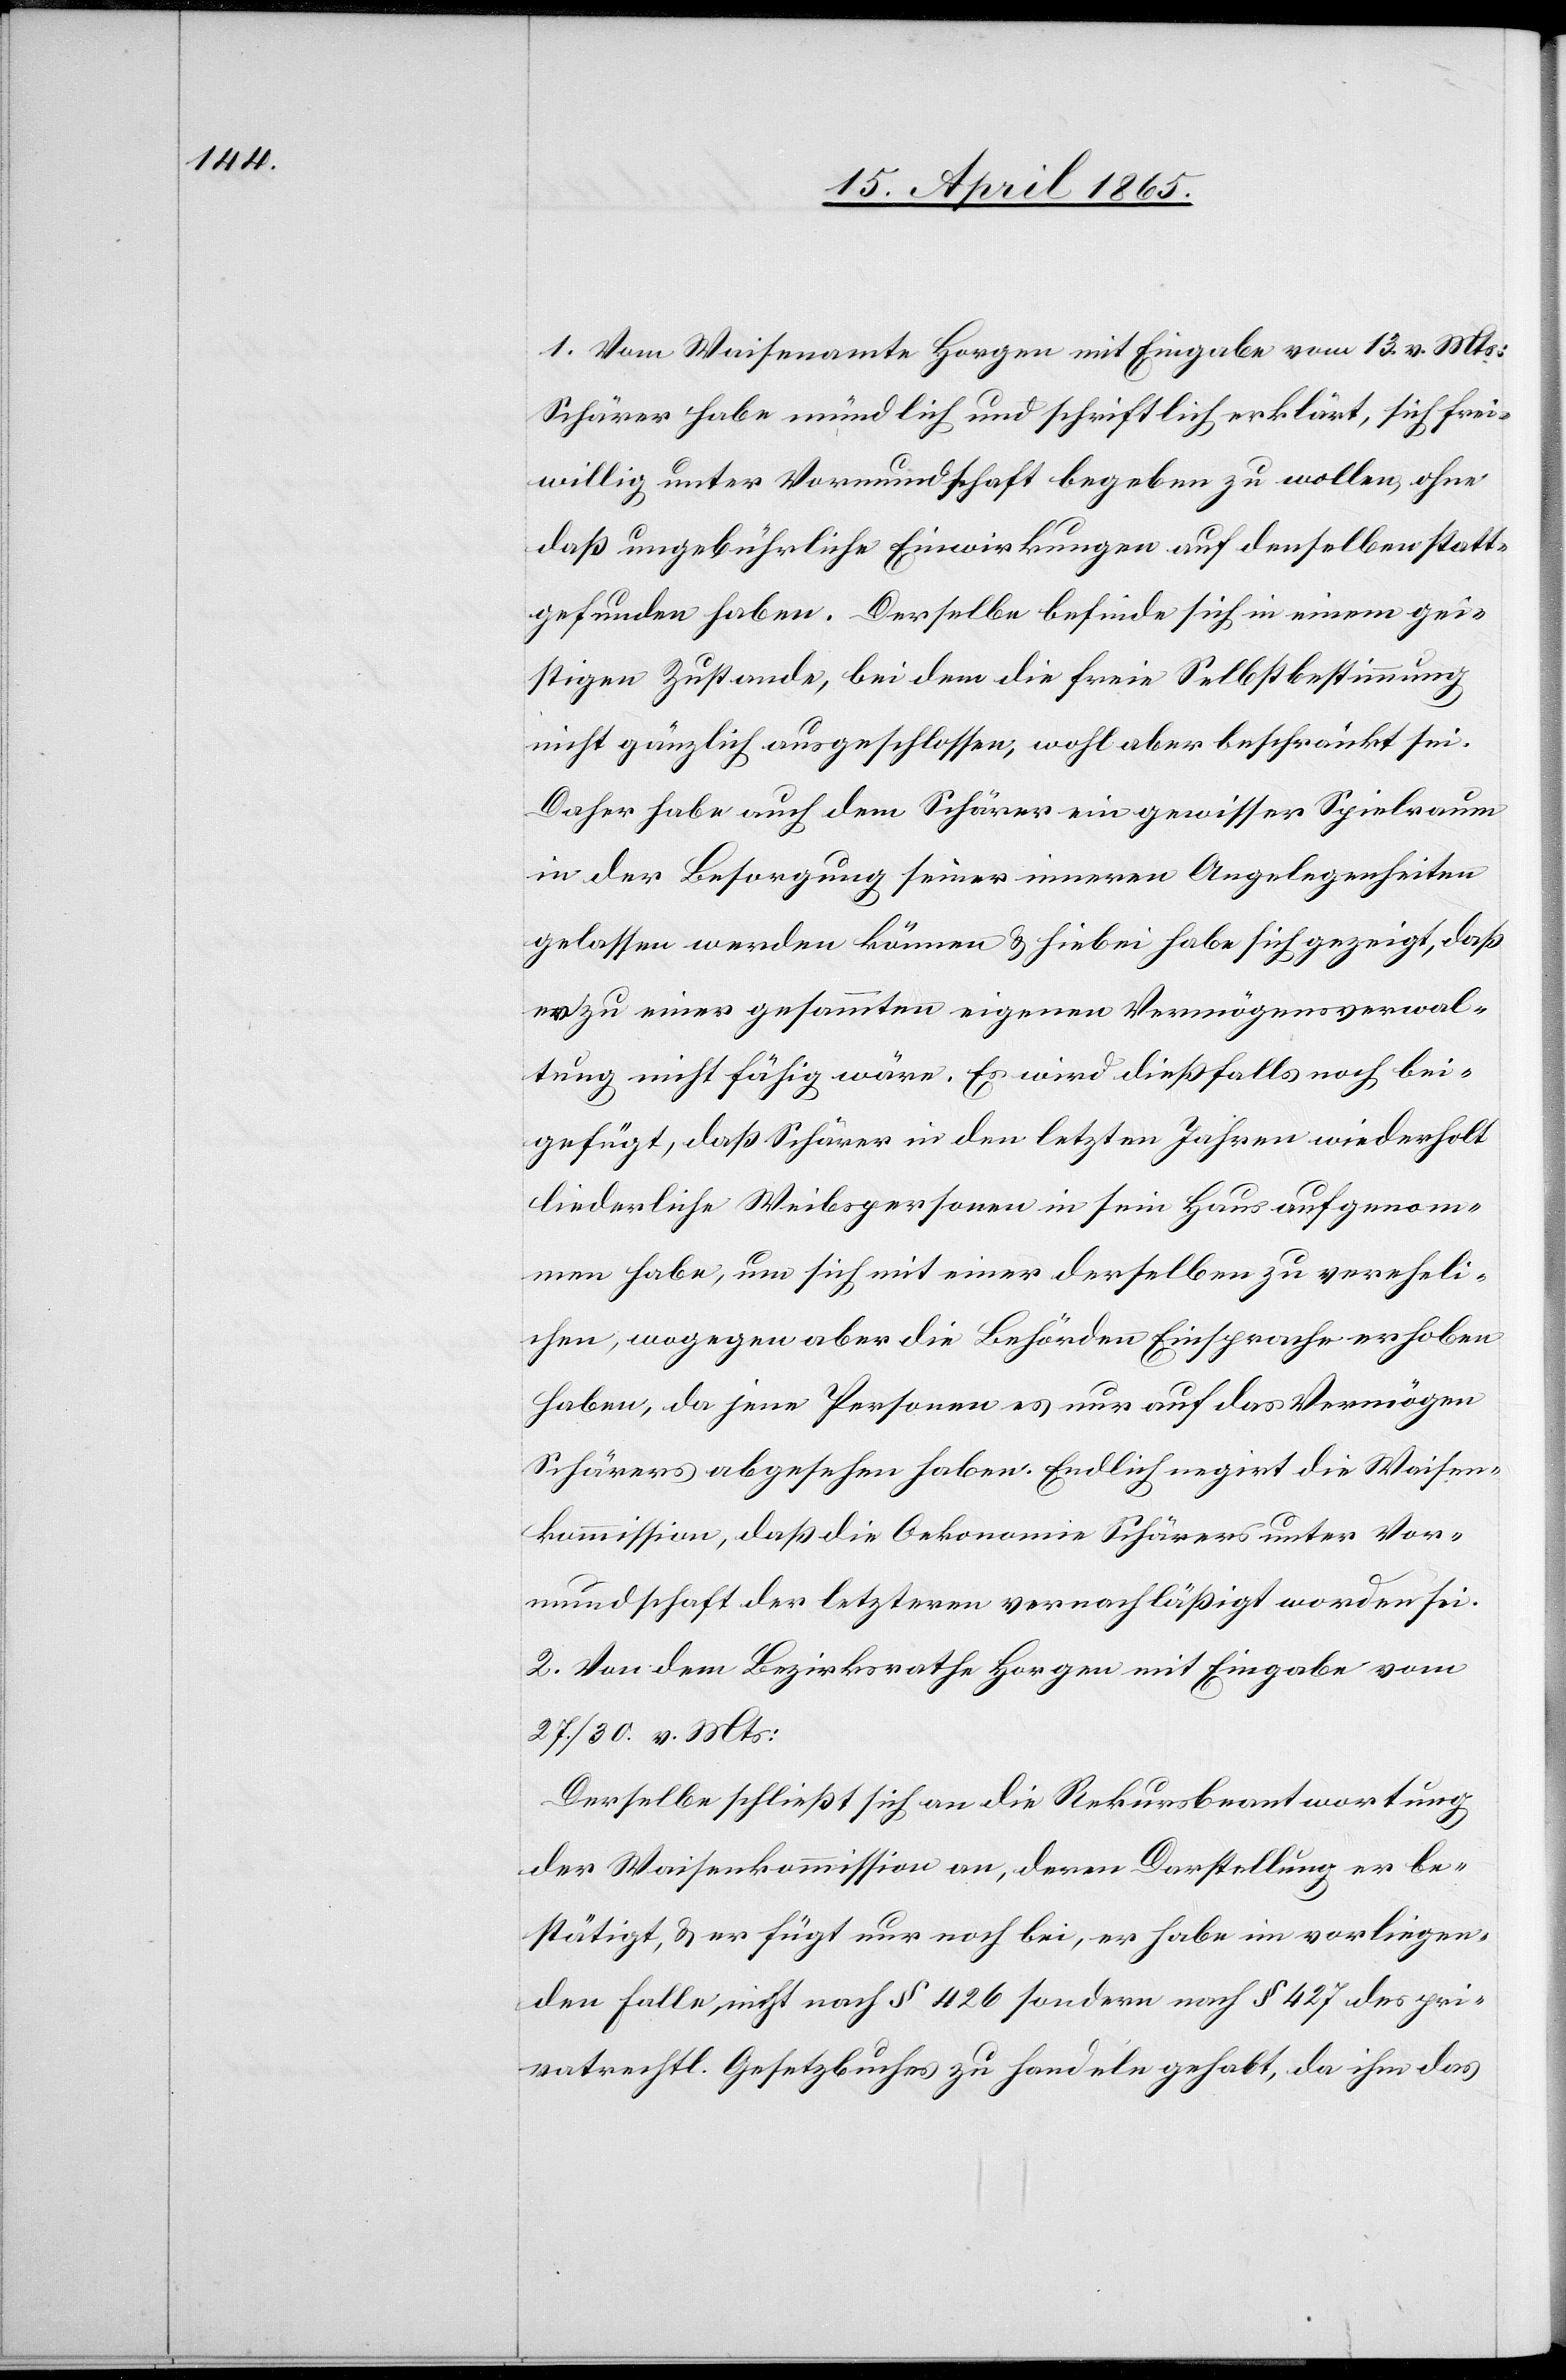
1. Vom Waisenamte Horgen mit Eingabe vom 13. v. Mts:
Schärer habe mündlich und schriftlich erklärt, sich frei¬
willig unter Vormundschaft begeben zu wollen, ohne
daß ungebührliche Einwirkungen auf denselben statt¬
gefunden haben. Derselbe befinde sich in einem gei¬
stigen Zustande, bei dem die freie Selbstbestimmung
nicht gänzlich ausgeschlossen, wohl aber beschränkt sei.
Daher habe auch dem Schärer ein gewisser Spielraum
in der Besorgung seiner inneren Angelegenheiten
gelassen werden können & hiebei habe sich gezeigt, daß
er zu einer gesammten eigenen Vermögensverwal¬
tung nicht fähig wäre. Es wird dießfalls noch bei¬
gefügt, daß Schärer in den letzten Jahren wiederholt
liederliche Weibspersonen in sein Haus aufgenom¬
men habe, um sich mit einer derselben zu vereheli¬
chen, wogegen aber die Behörden Einsprache erhoben
haben, da jene Personen es nur auf das Vermögen
Schärers abgesehen haben. Endlich negirt die Waisen¬
kommission, daß die Oekonomie Schärers unter Vor¬
mundschaft der letzteren vernachläßigt worden sei.
2. Von dem Bezirksrathe Horgen mit Eingabe vom
27./30. v. Mts:
Derselbe schließt sich an die Rekursbeantwortung
der Waisenkommission an, deren Darstellung er be¬
stätigt, & er fügt nur noch bei, er habe im vorliegen¬
den Falle, nicht nach § 426 sondern nach § 427 des pri¬
vatrechtl. Gesetzbuches zu handeln gehabt, da ihm das